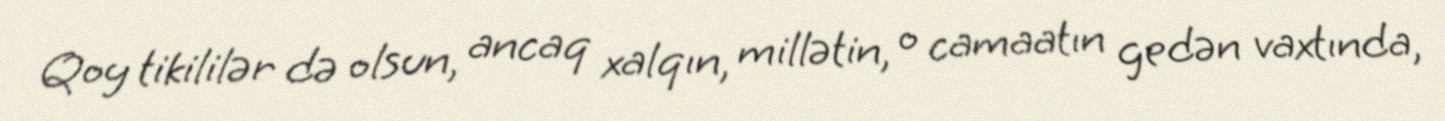
Qoy tikililər də olsun, ancaq xalqın, millətin, o camaatın gedən vaxtında,